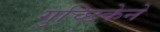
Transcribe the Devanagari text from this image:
गुच्छिकेने